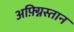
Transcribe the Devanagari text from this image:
अफ़्ग्निस्तान